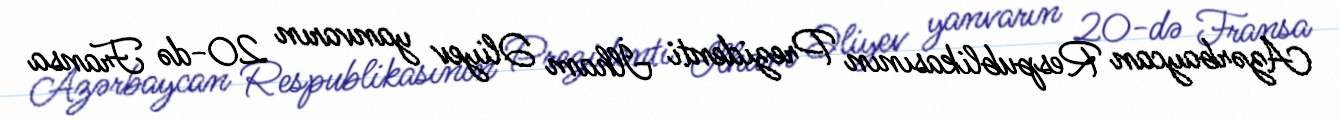
Azərbaycan Respublikasının Prezidenti İlham Əliyev yanvarın 20-də Fransa